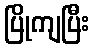
ပြိုကျပြီး